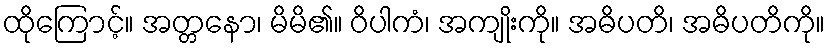
ထိုကြောင့်။ အတ္တနော၊ မိမိ၏။ ဝိပါကံ၊ အကျိုးကို။ အဓိပတိ၊ အဓိပတိကို။